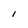
Character: l